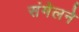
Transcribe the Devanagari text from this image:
संंमेलने